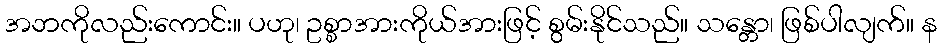
အဘကိုလည်းကောင်း။ ပဟု၊ ဥစ္စာအားကိုယ်အားဖြင့် စွမ်းနိုင်သည်။ သန္တော၊ ဖြစ်ပါလျက်။ န